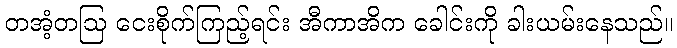
တအံ့တဩ ငေးစိုက်ကြည့်ရင်း အီကာအိက ခေါင်းကို ခါးယမ်းနေသည်။